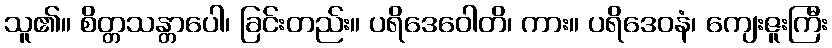
သူ၏။ စိတ္တသန္တာပေါ၊ ခြင်းတည်း။ ပရိဒေဝေါတိ၊ ကား။ ပရိဒေဝနံ၊ ကျေးဇူးကြီး